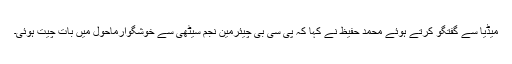
میڈیا سے گفتگو کرتے ہوئے محمد حفیظ نے کہا کہ پی سی بی چیئرمین نجم سیٹھی سے خوشگوارماحول میں بات چیت ہوئی۔